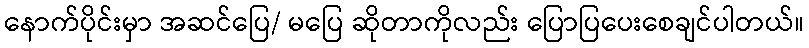
နောက်ပိုင်းမှာ အဆင်ပြေ/ မပြေ ဆိုတာကိုလည်း ပြောပြပေးစေချင်ပါတယ်။